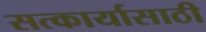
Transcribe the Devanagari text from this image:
सत्कार्यासाठी